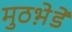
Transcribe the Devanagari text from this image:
मुठभ़ेडें